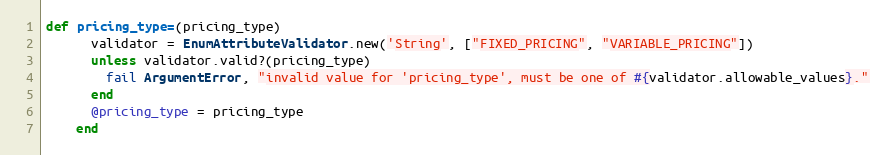
Language: Ruby
def pricing_type=(pricing_type)
      validator = EnumAttributeValidator.new('String', ["FIXED_PRICING", "VARIABLE_PRICING"])
      unless validator.valid?(pricing_type)
        fail ArgumentError, "invalid value for 'pricing_type', must be one of #{validator.allowable_values}."
      end
      @pricing_type = pricing_type
    end